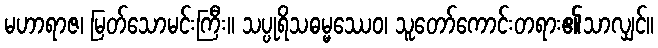
မဟာရာဇ၊ မြတ်သောမင်းကြီး။ သပ္ပုရိသဓမ္မဿေဝ၊ သူတော်ကောင်းတရား၏သာလျှင်။